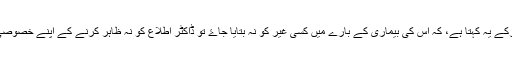
اَگر کوئی مریض ڈاکٹر پر اعتماد کرکے یہ کہتا ہے، کہ اُس کی بیماری کے بارے میں کِسی غیر کو نہ بتایا جاۓ تو ڈاکٹر اطلاع کو نہ ظاہر کرنے کے اپنے خصوصی اختیارات کا استعمال کر سکتا ہے۔